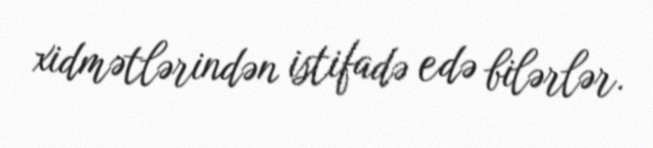
xidmətlərindən istifadə edə bilərlər.